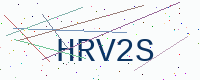
Text: HRV2S